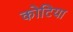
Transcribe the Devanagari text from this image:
कोटिया